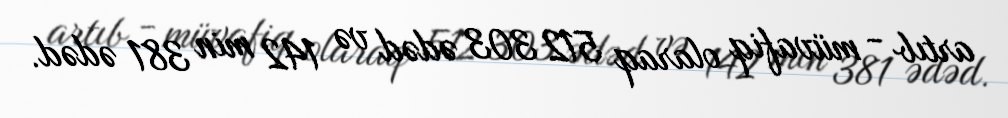
artıb - müvafiq olaraq 512 303 ədəd və 142 min 381 ədəd.